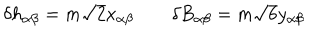
\delta h _ { \alpha \beta } = m \sqrt { 2 } x _ { \alpha \beta } \qquad \delta B _ { \alpha \beta } = m \sqrt { 6 } y _ { \alpha \beta }